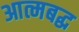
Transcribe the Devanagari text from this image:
आत्मबद्ध